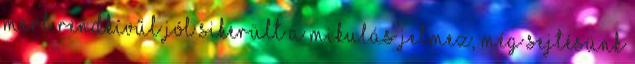
mert rendkívűl jól sikerült a Mikulás jelmez, még sejtésünk